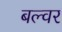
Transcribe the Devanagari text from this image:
बल्वर